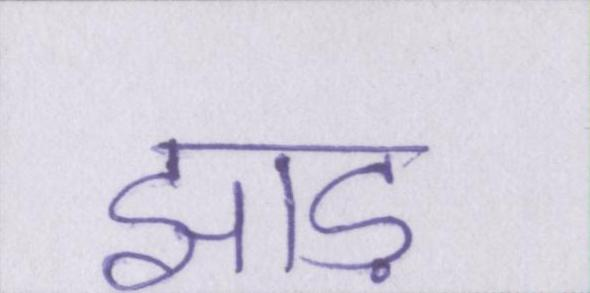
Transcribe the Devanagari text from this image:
झाड़